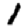
Digit: 1